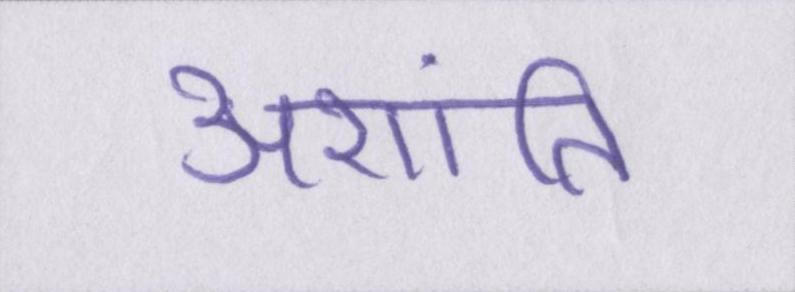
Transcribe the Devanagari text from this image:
अशांति